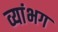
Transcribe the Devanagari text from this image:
व्यांभग